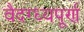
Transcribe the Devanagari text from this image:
वैदग्ध्यपूर्ण